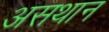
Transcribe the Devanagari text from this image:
असथान